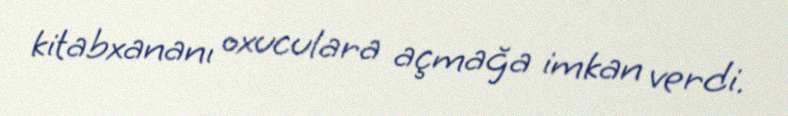
kitabxananı oxuculara açmağa imkan verdi.